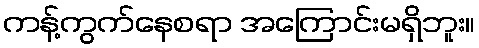
ကန့်ကွက်နေစရာ အကြောင်းမရှိဘူး။